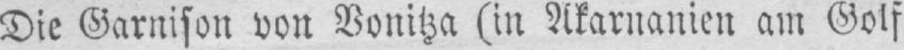
Die Garnison von Vonitza (in Akarnanien am Golf